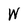
Character: W